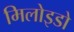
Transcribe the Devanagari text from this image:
मिलोइडो